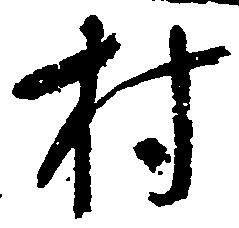
村